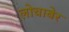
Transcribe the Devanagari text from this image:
लोचाबेर